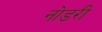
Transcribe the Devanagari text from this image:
नोडरी